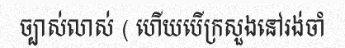
ច្បាស់លាស់ ( ហើយបើក្រសួងនៅរង់ចាំ